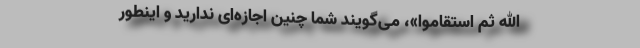
اللَّهُ ثُمَّ استَقاموا»، می‌گویند شما چنین اجازه‌ای ندارید و اینطور